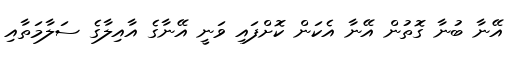
އޭނާ ބުނާ ގޮތުން އޭނާ އެކަން ކޮށްފައި ވަނީ އޭނާގެ އާއިލާގެ ސަލާމަތާއި